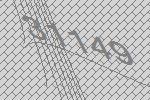
31149